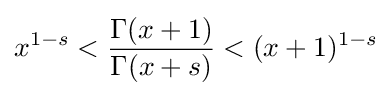
x^{1-s}<{\frac {\Gamma (x+1)}{\Gamma (x+s)}}<(x+1)^{1-s}